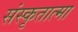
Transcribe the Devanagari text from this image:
संस्कृतात्मा